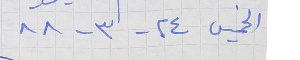
الخميس ٢٤ -٣- ٨٨